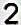
2